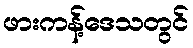
ဖားကန့်ဒေသတွင်